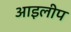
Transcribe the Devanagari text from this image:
आइलीप